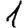
Digit: 1